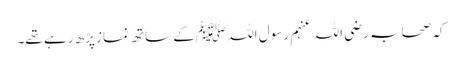
کہ صحابہ رضی اللہ عنہم رسول اللہﷺ کے ساتھ نماز پڑھ رہے تھے۔